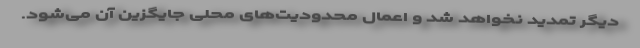
دیگر تمدید نخواهد شد و اعمال محدودیت‌های محلی جایگزین آن می‌شود.